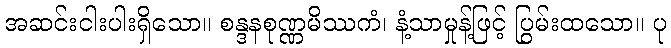
အဆင်းငါးပါးရှိသော။ စန္ဒနစုဏ္ဏမိဿကံ၊ နံ့သာမှုန့်ဖြင့် ပြွမ်းထသော။ ပု